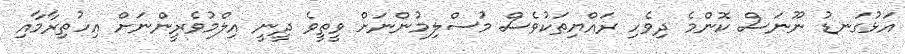
އަޅުގަނޑު ނޫނަސް ކޮންމެ ދިވެހި ރައްޔިތަކުވެސް މުސްލިމުންނަށް ވީތީވެ ދީނީ އިލްމުވެރީންނަށް އިހުތިރާމާއި